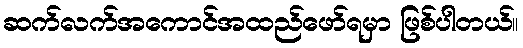
ဆက်လက်အကောင်အထည်ဖော်ရမှာ ဖြစ်ပါတယ်။